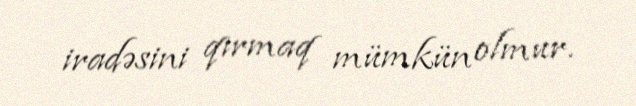
iradəsini qırmaq mümkün olmur.